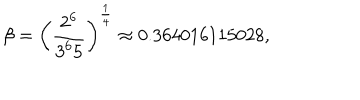
\beta = \left( { \frac { 2 ^ { 6 } } { 3 ^ { 6 } 5 } } \right) ^ { \frac { 1 } { 4 } } \approx 0 . 3 6 4 0 1 6 1 1 5 0 2 8 ,